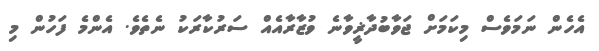
އެހެން ނަމަވެސް މިކަމަށް ޖަވާބުދާޜީވާނެ ވުޒާރާއެއް ސަރުކާރަކު ނެތެވެ. އެންމެ ފަހުން މި